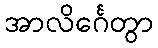
အာလိင်္ဂေတွာ